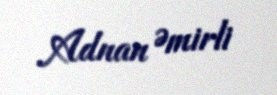
Adnan Əmirli